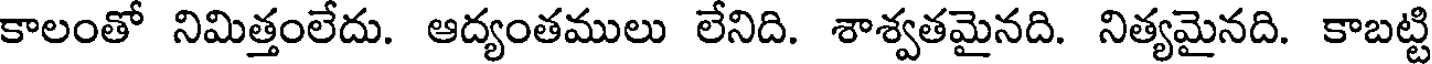
కాలంతో నిమిత్తంలేదు. ఆద్యంతములు లేనిది. శాశ్వతమైనది. నిత్యమైనది. కాబట్టి